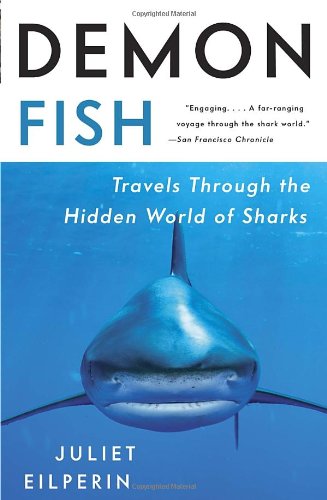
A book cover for Demon Fish: Travels Through the Hidden World of Sharks; Juliet Eilperin; Humor & Entertainment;